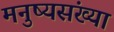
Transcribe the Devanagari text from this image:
मनुष्यसंख्या